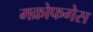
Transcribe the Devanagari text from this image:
मक्रोफगेस